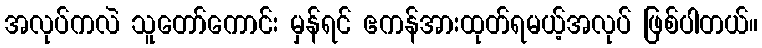
အလုပ်ကလဲ သူတော်ကောင်း မှန်ရင် ဧကန်အားထုတ်ရမယ့်အလုပ် ဖြစ်ပါတယ်။